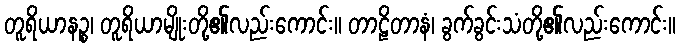
တူရိယာနဉ္စ၊ တူရိယာမျိုးတို့၏လည်းကောင်း။ တာဠိတာနံ၊ ခွက်ခွင်းသံတို့၏လည်းကောင်း။